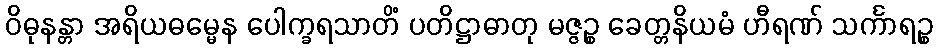
ဝိဓုနန္တာ အရိယဓမ္မေန ပေါက္ခရသာတိံ ပတိဋ္ဌာဓာတု မဇ္ဇဉ္စ ခေတ္တနိယမံ ဟီရဏ် သင်္ကာရဉ္စ